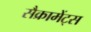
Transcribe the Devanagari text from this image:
सैक्रामेंट्स